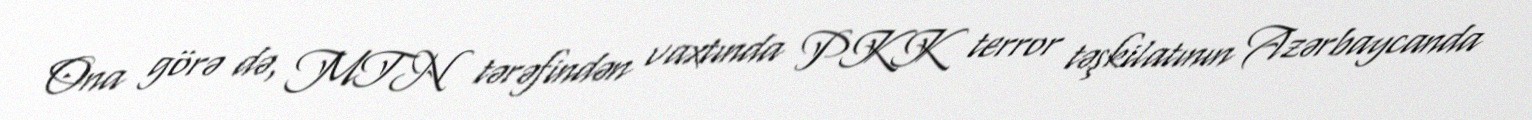
Ona görə də, MTN tərəfindən vaxtında PKK terror təşkilatının Azərbaycanda